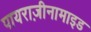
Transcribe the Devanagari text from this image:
पायराज़ीनामाइड